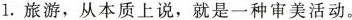
1.旅游，从本质上说，就是一种审美活动。